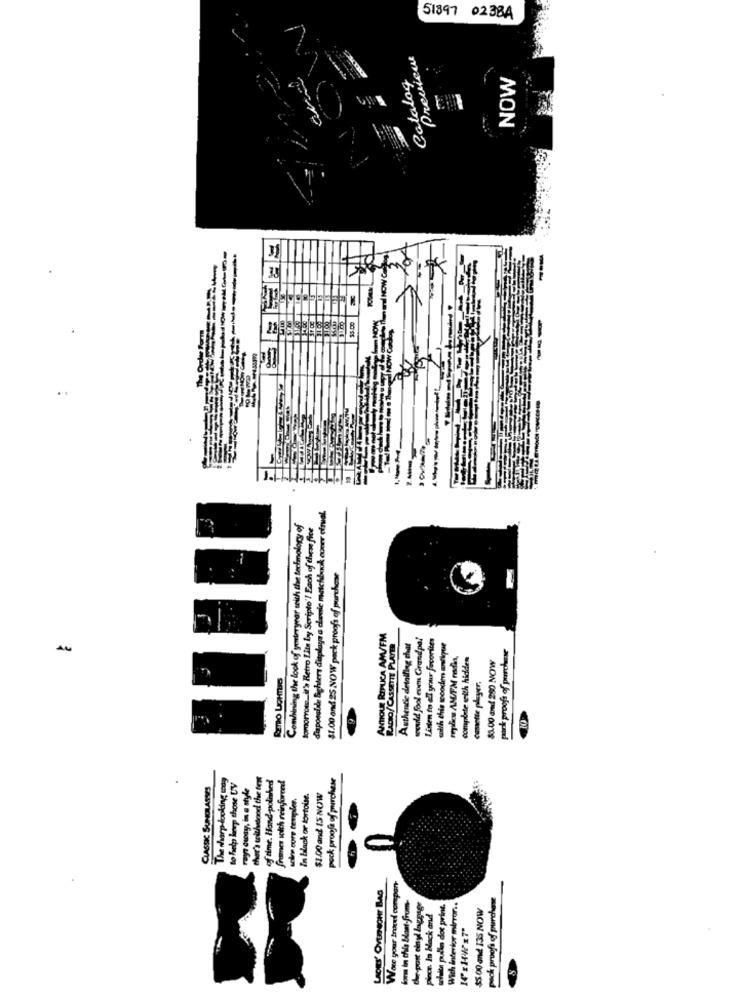
51397 0238A
Preview
Catalog
NOW
The Order Form
4.59312
disposalile Bghters displays a chanie matchbook cover ofrual.
Combining the look of yesteryear with the techmology of
tomorrows. it's Retro Lite by Scripte'! Each of these fice
$1.00 and 25 NOW pack proofs of purchase
ANTIQUE REPLICA AM/FM
would fool even Grandpa!
Listen to all your favorites
RADIO/CASSETTE PLAYER
Authentic detailing that
park proofs of purchase
replies AM/FM radio,
complete with hidden
$1.00 and 280 NOW
cassette player,
The sharp-looking tag
oftime. Hand-polohed
frames sich reinforced
pock proofa of purchase
CLASSE SUNGLASSES
to help lanep those UV
rays away, in a style
scine core temples.
In black or tortoise.
$1.00 and IS NOW
LADIES' OVER SOHT BAG
Wote your trocel compon-
lors in this blant-from-
pack proofs of purchase
chee-post cinyl laggag
piece. In black and
schalte pulla dot print.
Wich inferior mirror ..
$5.00 and 135 NOW